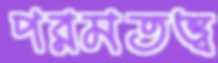
পরমতত্ত্ব